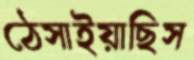
ঠেসাইয়াছিস